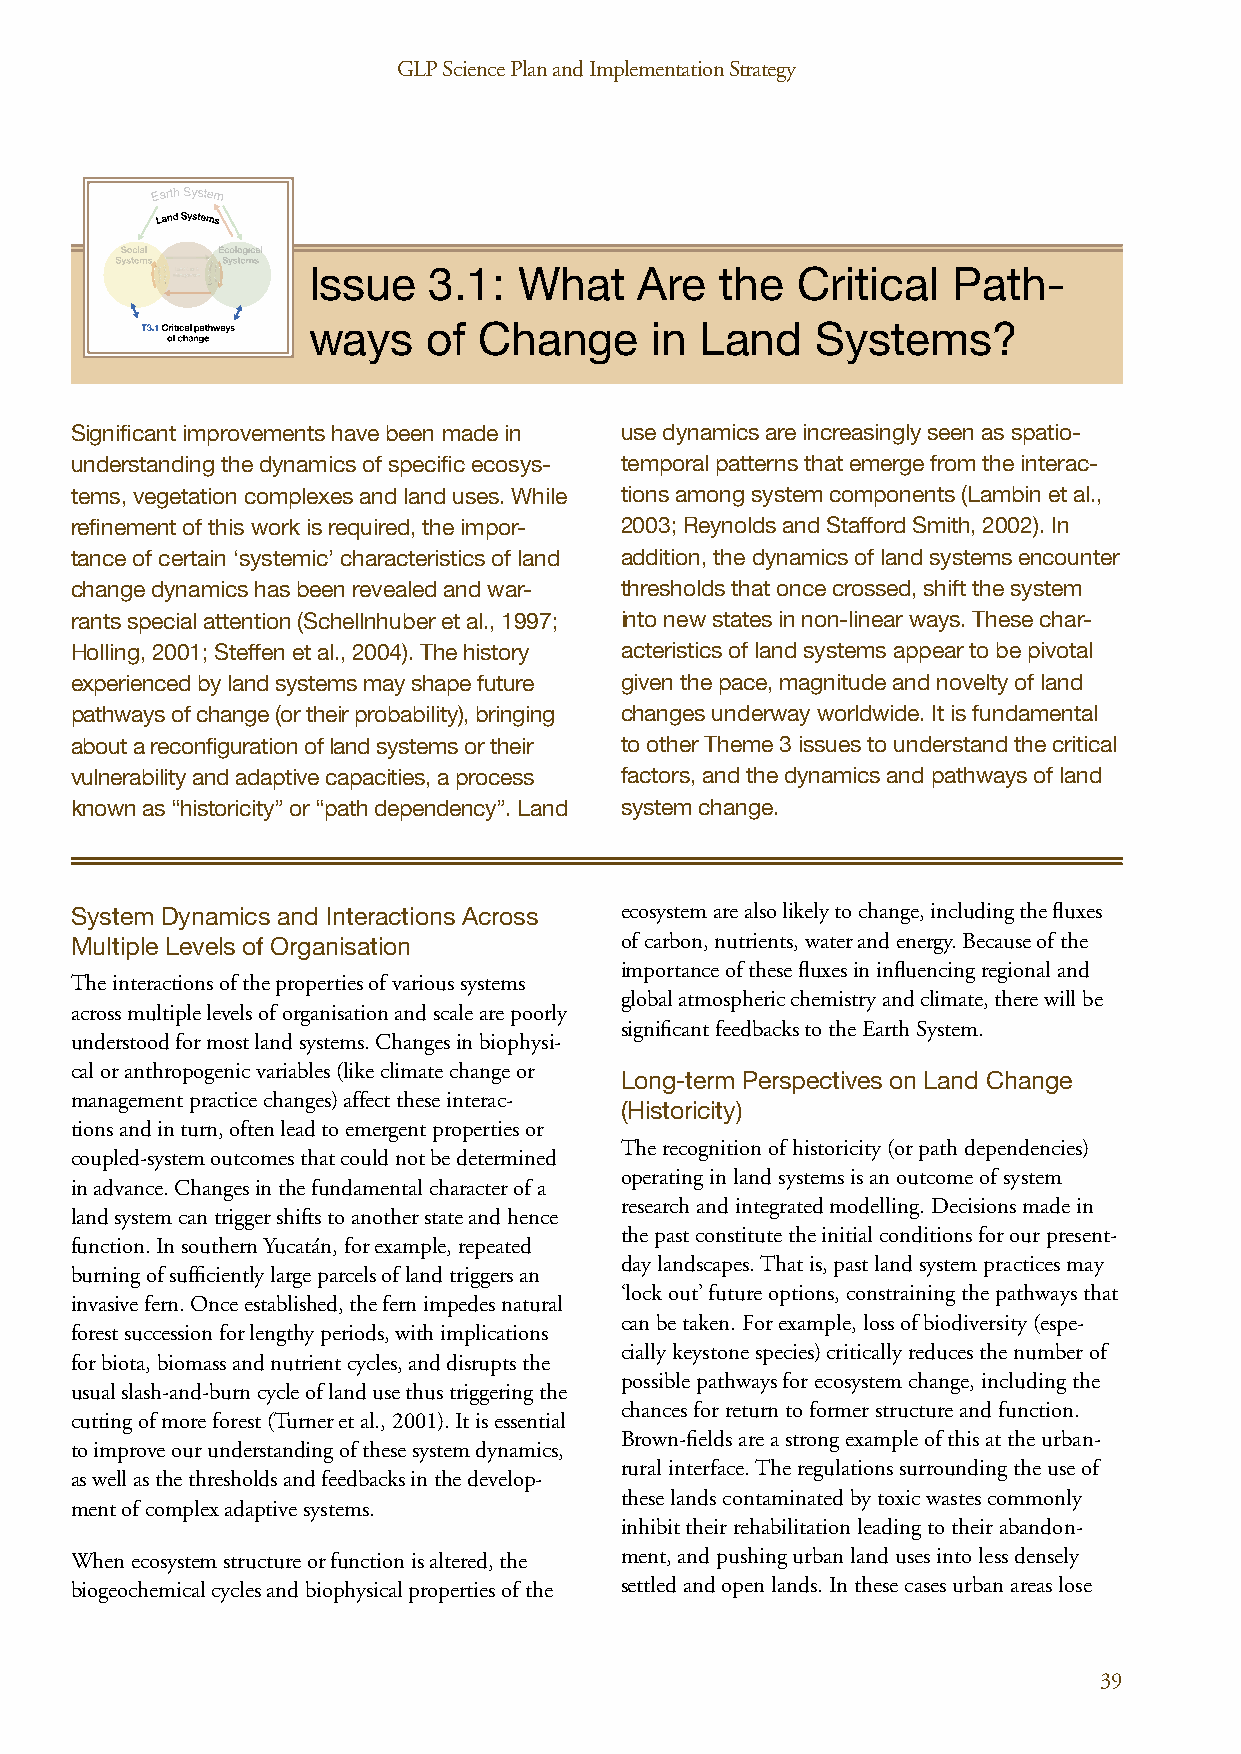
GLP Science Plan and Implementation Strategy GLP Science Plan and Implementation Strategy
 Issue   3.1:  What    Are   the  Critical  Path-
 ways    of  Change     in Land    Systems?
 Significant improvements have been made in use dynamics are increasingly seen as spatio-
 understanding the dynamics of specific ecosys- temporal patterns that emerge from the interac-
 tems, vegetation complexes and land uses. While tions among system components (Lambin et al.,
 refinement of this work is required, the impor- 2003; Reynolds and Stafford Smith, 2002). In
 tance of certain ‘systemic’ characteristics of land addition, the dynamics of land systems encounter
 change dynamics has been revealed and war- thresholds that once crossed, shift the system
 rants special attention (Schellnhuber et al., 1997; into new states in non-linear ways. These char-
 Holling, 2001; Steffen et al., 2004). The history acteristics of land systems appear to be pivotal
 experienced by land systems may shape future given the pace, magnitude and novelty of land
 pathways of change (or their probability), bringing changes underway worldwide. It is fundamental
 about a reconfiguration of land systems or their to other Theme 3 issues to understand the critical
 vulnerability and adaptive capacities, a process factors, and the dynamics and pathways of land
 known as “historicity” or “path dependency”. Land system change.
 System Dynamics and Interactions Across ecosystem are also likely to change, including the fluxes
 Multiple Levels of Organisation     of carbon, nutrients, water and energy. Because of the
 importance of these fluxes in influencing regional and
 The interactions of the properties of various systems
 global atmospheric chemistry and climate, there will be
 across multiple levels of organisation and scale are poorly
 significant feedbacks to the Earth System.
 understood for most land systems. Changes in biophysi-
 cal or anthropogenic variables (like climate change or
 Long-term Perspectives on Land Change
 management practice changes) affect these interac-
 (Historicity)
 tions and in turn, often lead to emergent properties or
 The recognition of historicity (or path dependencies)
 coupled-system outcomes that could not be determined
 operating in land systems is an outcome of system
 in advance. Changes in the fundamental character of a
 research and integrated modelling. Decisions made in
 land system can trigger shifts to another state and hence
 the past constitute the initial conditions for our present-
 function. In southern Yucatán, for example, repeated
 day landscapes. That is, past land system practices may
 burning of sufficiently large parcels of land triggers an
 ‘lock out’ future options, constraining the pathways that
 invasive fern. Once established, the fern impedes natural
 can be taken. For example, loss of biodiversity (espe-
 forest succession for lengthy periods, with implications
 cially keystone species) critically reduces the number of
 for biota, biomass and nutrient cycles, and disrupts the
 possible pathways for ecosystem change, including the
 usual slash-and-burn cycle of land use thus triggering the
 chances for return to former structure and function.
 cutting of more forest (Turner et al., 2001). It is essential
 Brown-fields are a strong example of this at the urban-
 to improve our understanding of these system dynamics,
 rural interface. The regulations surrounding the use of
 as well as the thresholds and feedbacks in the develop-
 these lands contaminated by toxic wastes commonly
 ment of complex adaptive systems.
 inhibit their rehabilitation leading to their abandon-
 When ecosystem structure or function is altered, the ment, and pushing urban land uses into less densely
 biogeochemical cycles and biophysical properties of the settled and open lands. In these cases urban areas lose
 38                                                                       39